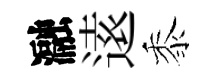
瀜逺黍